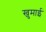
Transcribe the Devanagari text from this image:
खुमाई